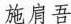
施肩吾